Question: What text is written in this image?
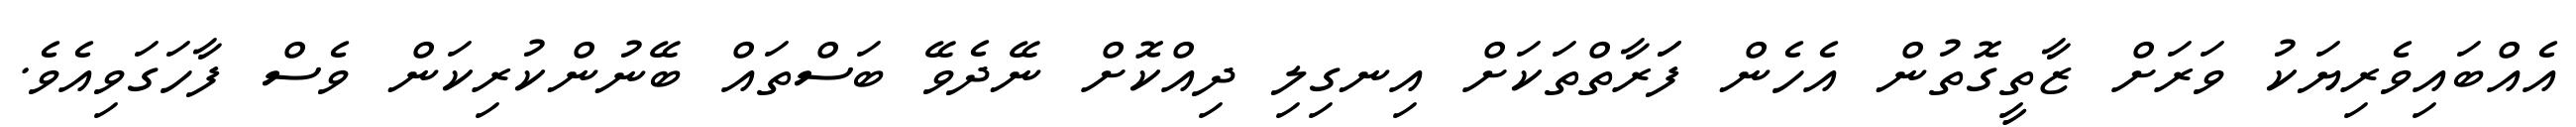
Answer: އެއްބައިވެރިޔަކު ވަރަށް ޒާތީގޮތުން އެހެން ފަަރާތްތަކަށް އިނގިލި ދިއްކޮށް ނޭދެވޭ ބަސްތައް ބޭނުންކުރިކަން ވެސް ފާހަގަވިއެވެ.